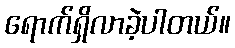
ရောက်ရှိလာခဲ့ပါတယ်။